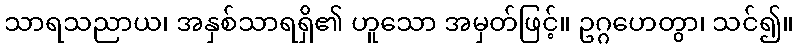
သာရသညာယ၊ အနှစ်သာရရှိ၏ ဟူသော အမှတ်ဖြင့်။ ဥဂ္ဂဟေတွာ၊ သင်၍။